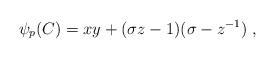
LaTeX: \begin{align*}\psi_p(C)=xy+(\sigma z-1)(\sigma -z^{-1})~,\end{align*}